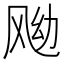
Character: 𱃖